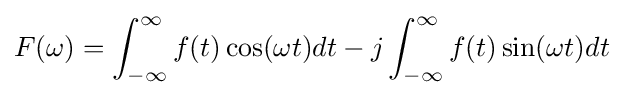
F(\omega )=\int _{-\infty }^{\infty }f(t)\cos(\omega t)dt-j\int _{-\infty }^{\infty }f(t)\sin(\omega t)dt